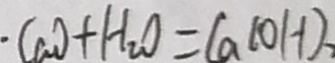
C a O + H _ { 2 } O = C a ( O H ) _ { 2 }